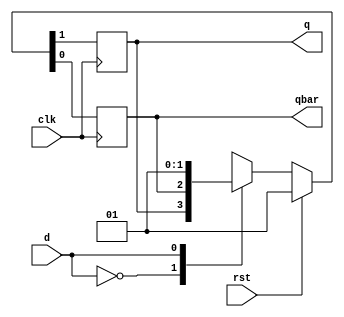
module dflipflop(
    input d,clk,rst,
    output reg q,qbar);
always @(posedge clk)
    begin
        if(rst)
            {q,qbar}<={0,1};
        else
        begin
    case({d})
        2'b00:{q,qbar}<={q,qbar};
        2'b01:{q,qbar}<=2'b01;
        2'b10:{q,qbar}<=2'b10;
        2'b11:begin end
        default:begin end
    endcase
    end
    end
    endmodule